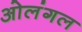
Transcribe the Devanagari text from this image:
ओलंगल